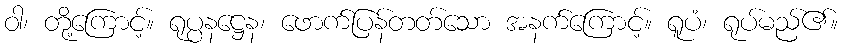
ဝါ၊ တို့ကြောင့်။ ရုပ္ပနဋ္ဌေန၊ ဖောက်ပြန်တတ်သော အနက်ကြောင့်။ ရူပံ၊ ရုပ်မည်၏။